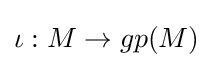
\iota :M\to gp(M)